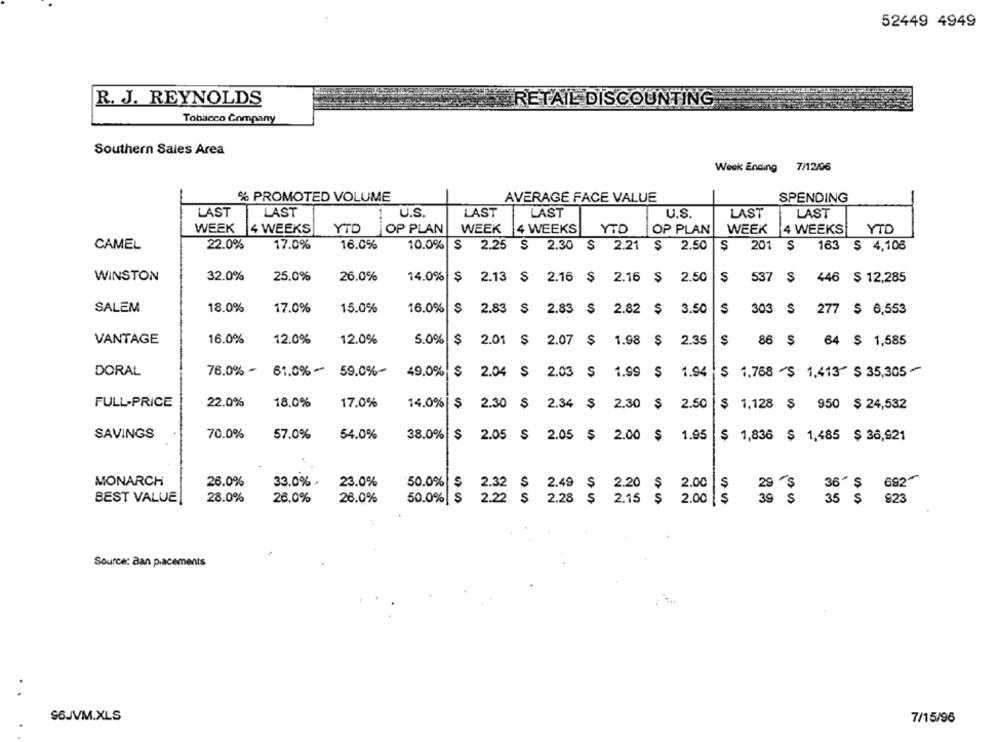
52449 4949
R. J. REYNOLDS
RETAIL DISCOUNTING
Tobacco Company
Southern Sales Area
Week Ending
7/12/06
% PROMOTED VOLUME
AVERAGE FACE VALUE
SPENDING
LAST
LAST
U.S.
LAST
LAST
U.S.
LAST
LAST
WEEK |4 WEEKS
YTD
OP PLAN
WEEK
4 WEEKS
YTD
OP PLAN
WEEK
4 WEEKS
YTD
17.0%
16.0%
CAMEL
22.0%
10.0% $ 2.25 $ 2.30 $ 2.21 $ 2.50 $
$ 2.25 S
$
$ 2.50
201 $
163 $ 4,108
WINSTON
32.0%
25.0%
26.0%
14.0% $
2.13 $ 2.16 $
2.16
$ 2.50
$
537 $
446 $ 12,285
SALEM
18.0%
17.0%
15.0%
16.0% $
2.83 $ 2.83 $ 2.82
$
3.50
$
303 $ 277 $ 6,553
VANTAGE
16.0%
12.0%
12.0%
5.0%
1.98 $
2.35
S
86 $ 64 $ 1,585
$2.01 $ 2.07 $
76.0% -
61.0%
$ 1,768 $ 1,413" $ 35,305
DORAL
59.0%
49.0% $ 2.04 $ 2.03 $ 1.99 $ 1.94
FULL-PRICE
22.0%
18.0%
17.0%
14.0% $ 2.30 $ 2.34 $ 2.30 $ 2.50
$
1,128 $ 950 $ 24,532
SAVINGS
70.0%
57.0%
54.0%
38.0% $
2.05 $ 2.05 $ 2.00 $ 1.95
$ 1,836 $ 1,485 $ 36,921
MONARCH
26.0%
33.0%
23.0%
50.0%
$
2.32 $ 2.49 $ 2.20 $ 2.00
$
29 -$
36' $ 682"
28.0%
s
BEST VALUE
26.0%
26.0%
50.0%|
2.22 $ 2.28 $ 2.15 $ 2.00 $
39 $
35 $ 823
Source: Ban placements
.
S6JVM.XLS
7/15/96